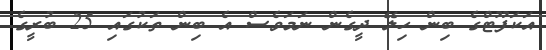
އަކަފޫޓްގެ ބިން ހިލޭ ދީގެން ނަމަވެސް އެ ބިން ތަކުގައި 25 ބުރީގެ